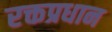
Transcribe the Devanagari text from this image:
रक्तप्रधान